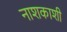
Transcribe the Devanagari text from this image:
नाशकाशी